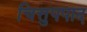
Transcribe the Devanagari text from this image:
चित्तुपपाद